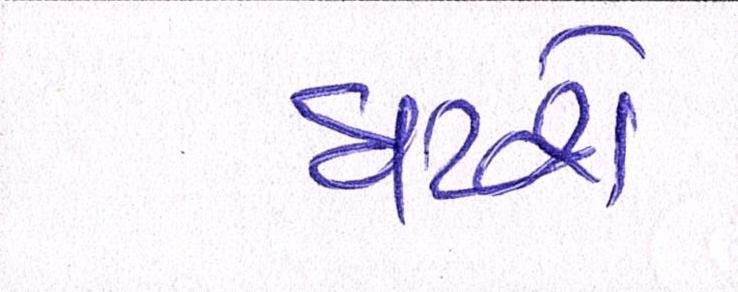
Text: ઘટશે